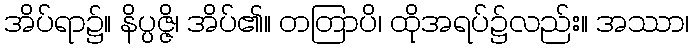
အိပ်ရာ၌။ နိပ္ပဇ္ဇိ၊ အိပ်၏။ တတြာပိ၊ ထိုအရပ်၌လည်း။ အဿာ၊